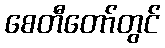
စေတီတော်တွင်